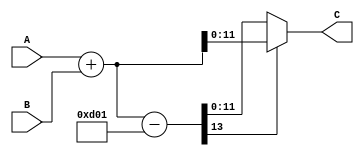

/*
The designers:

Ahmet Can Mert <ahmetcanmert@sabanciuniv.edu>
Ferhat Yaman <ferhatyaman@sabanciuniv.edu>

To the extent possible under law, the implementer has waived all copyright
and related or neighboring rights to the source code in this file.
http://creativecommons.org/publicdomain/zero/1.0/
*/

module modadd(input [11:0] A,B,
              output[11:0] C);

wire        [12:0] R;
wire signed [13:0] Rq;

assign R = A + B;
assign Rq= R - 13'd3329;

assign C = (Rq[13] == 0) ? Rq[11:0] : R[11:0];

endmodule